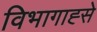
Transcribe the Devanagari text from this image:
विभागाह्से